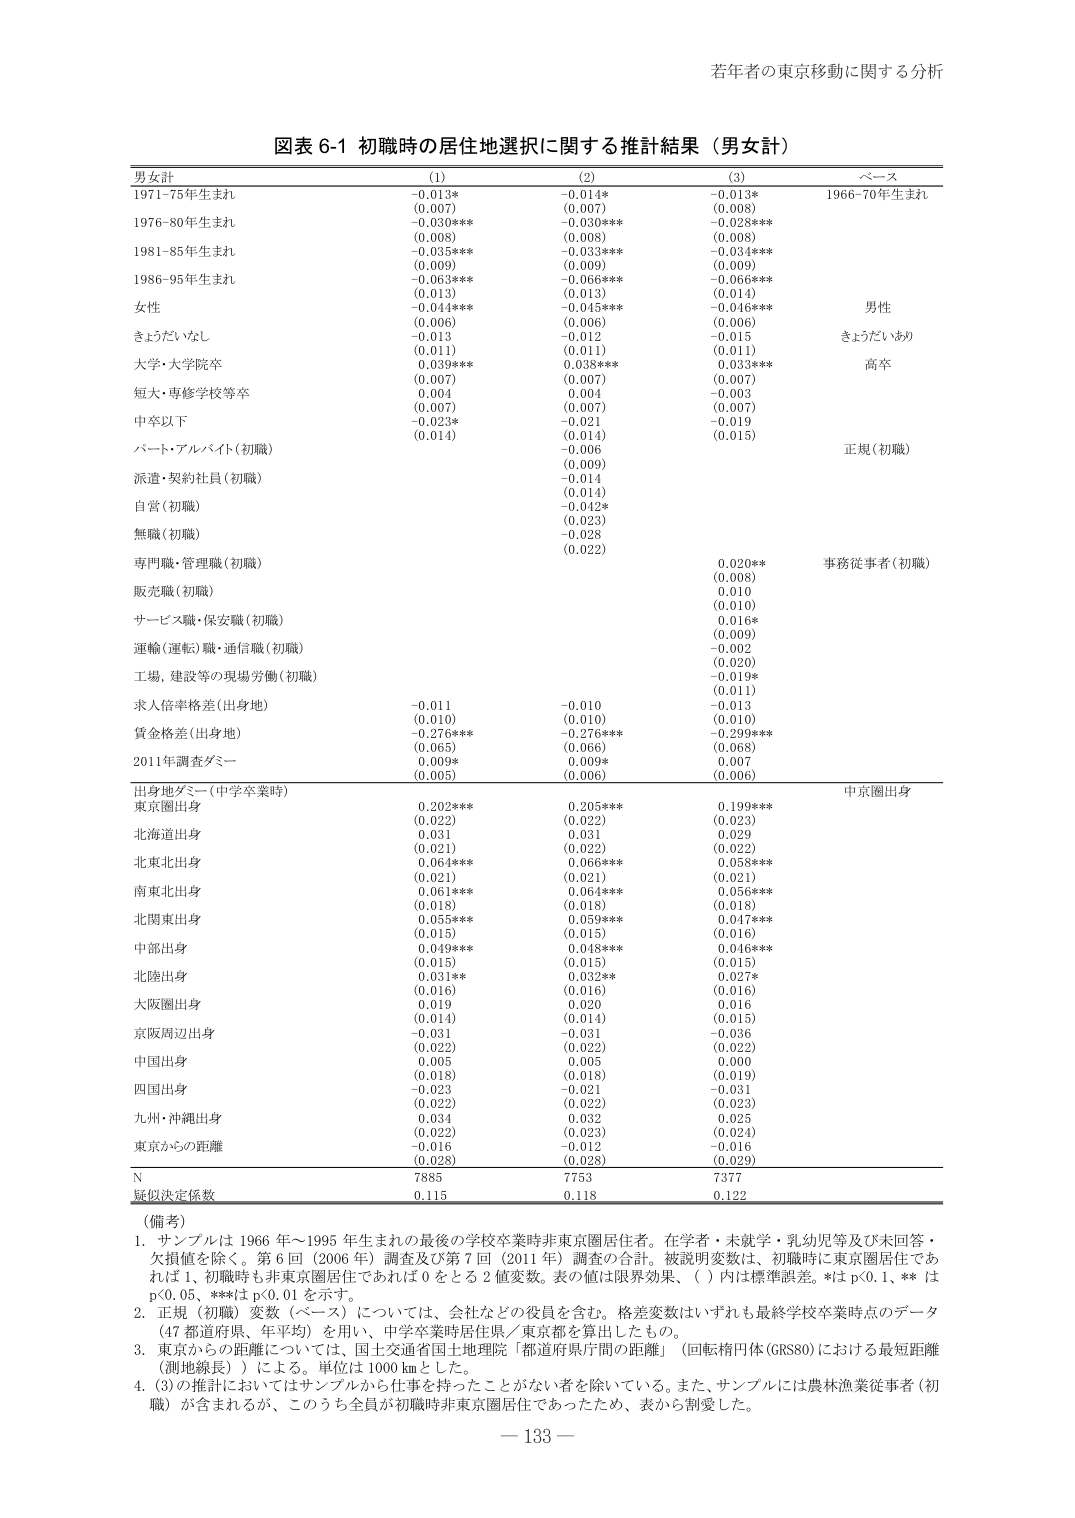
若年者の東京移動に関する分析

図表 6-1 初職時の居住地選択に関する推計結果（男女計）

男女計